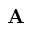
{ \bf A }